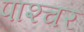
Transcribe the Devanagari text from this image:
पाश्‍चर